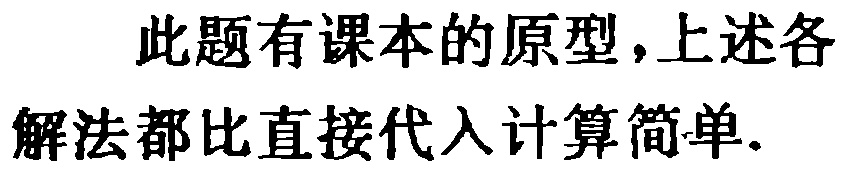
此题有课本的原型，上述各解法都比直接代入计算简单.